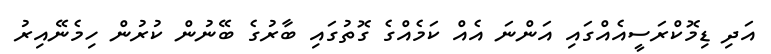
އަދި ޑިމޮކްރަސީއެއްގައި އަންނަ އެއް ކަމެއްގެ ގޮތުގައި ބާރުގެ ބޭނުން ކުރުން ހިމެނޭއިރު